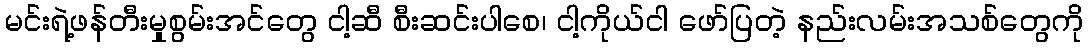
မင်းရဲ့ဖန်တီးမှုစွမ်းအင်တွေ ငါ့ဆီ စီးဆင်းပါစေ၊ ငါ့ကိုယ်ငါ ဖော်ပြတဲ့ နည်းလမ်းအသစ်တွေကို